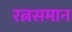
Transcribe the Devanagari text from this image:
रत्नसमान